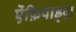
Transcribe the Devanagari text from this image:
ऐंफ़िपाड्ज़